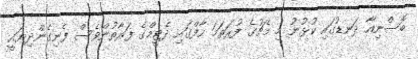
ބޮސްނިއާ ދަނޑުގައި ކުޅުނު މި މެޗުގެ ފުރަތަމަ ހާފްގައި ދެޓީމްގެ ފަރާތުންވެސް ފެނިގެންދިޔައީ